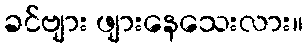
ခင်ဗျား ဖျားနေသေးလား။